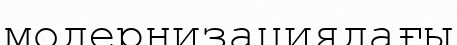
модернизациядағы